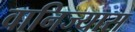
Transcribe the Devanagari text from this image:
वानिज्यास